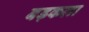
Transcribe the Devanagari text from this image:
बड़कला